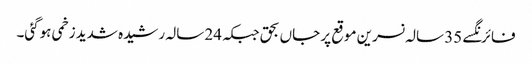
فائرنگسے 35 سالہ نسرین موقع پر جاں بحق جبکہ 24 سالہ رشیدہ شدید زخمی ہوگئی۔